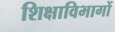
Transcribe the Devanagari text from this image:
शिक्षाविभागों